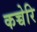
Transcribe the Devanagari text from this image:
कच्चेरि